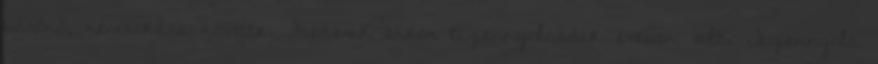
bárónő, nemsokára követte. Frederik ekkor tizennyolcadik évében volt. Tizennyolc